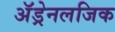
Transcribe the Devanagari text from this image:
अॅड्रेनलजिक